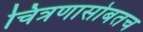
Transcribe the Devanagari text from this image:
चित्रणासोबतच